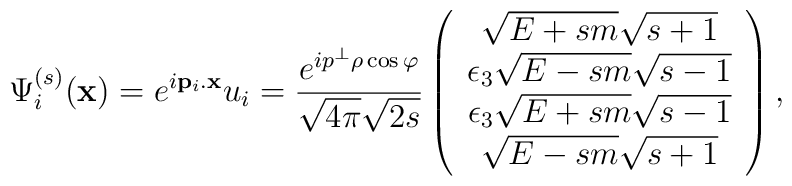
\Psi ^{(s)}_{i}(\mathbf{x})=e^{i\mathbf{p}_{i}.\mathbf{x}}u_{i}=\frac{e^{ip^{\bot}\rho \cos \varphi }}{\sqrt{4\pi}\sqrt{2s}}\left(\begin{array}{c}\sqrt{E+sm}\sqrt{s+1} \\\epsilon _{3}\sqrt{E-sm}\sqrt{s-1} \\\epsilon _{3}\sqrt{E+sm}\sqrt{s-1} \\\sqrt{E-sm}\sqrt{s+1}\end{array}\right) ,